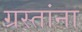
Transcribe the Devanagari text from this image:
ग्रस्तांना